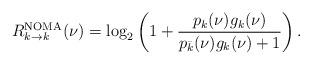
LaTeX: \begin{align*}R_{k\rightarrow k}^{\rm NOMA}(\nu)=\log_2\left(1+\frac{p_k(\nu)g_k(\nu)}{p_{\bar k}(\nu)g_k(\nu)+1} \right). \end{align*}